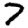
Digit: 7